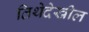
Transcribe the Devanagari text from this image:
तिथेदेखील